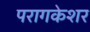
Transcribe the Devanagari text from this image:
परागकेशर